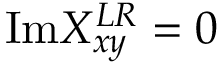
\mathrm { I m } X _ { x y } ^ { L R } = 0